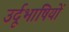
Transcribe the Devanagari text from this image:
उर्दूभाषियों